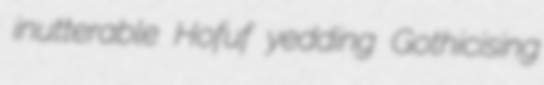
inutterable Hofuf yedding Gothicising